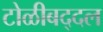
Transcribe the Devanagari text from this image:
टोळीबद्दल